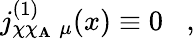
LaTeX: j_{\chi\chi_{\mathbf{A}}\; \mu}^{(1)}(x)\equiv0\; \; \; ,